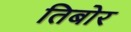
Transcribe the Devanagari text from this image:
तिबोर